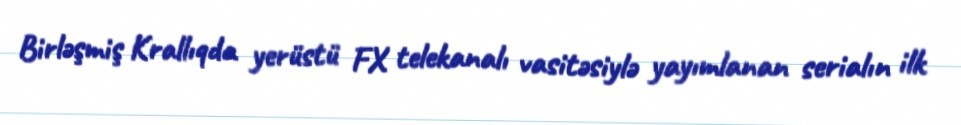
Birləşmiş Krallıqda yerüstü FX telekanalı vasitəsiylə yayımlanan serialın ilk